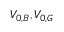
V _ { 0 , B } , V _ { 0 , G }